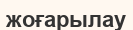
жоғарылау